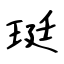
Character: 珽